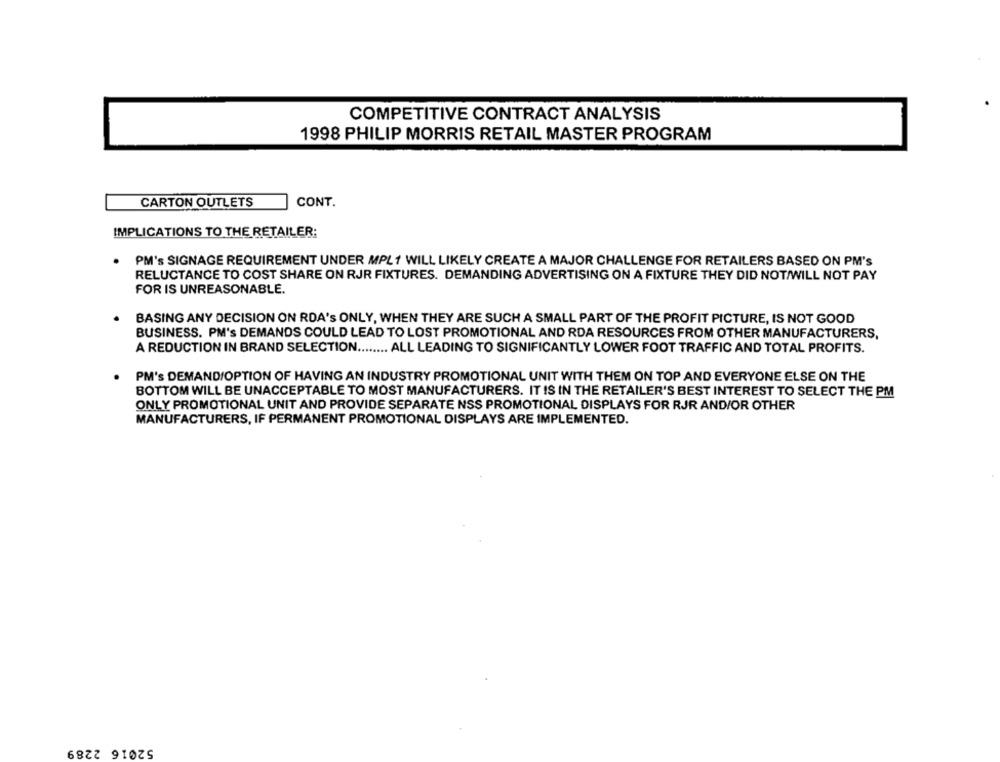
COMPETITIVE CONTRACT ANALYSIS
1998 PHILIP MORRIS RETAIL MASTER PROGRAM
CARTON OUTLETS
CONT.
IMPLICATIONS TO THE RETAILER:
PM's SIGNAGE REQUIREMENT UNDER MPL1 WILL LIKELY CREATE A MAJOR CHALLENGE FOR RETAILERS BASED ON PM's
RELUCTANCE TO COST SHARE ON RJR FIXTURES. DEMANDING ADVERTISING ON A FIXTURE THEY DID NOT/WILL NOT PAY
FOR IS UNREASONABLE.
BASING ANY DECISION ON RDA'S ONLY, WHEN THEY ARE SUCH A SMALL PART OF THE PROFIT PICTURE, IS NOT GOOD
BUSINESS. PM's DEMANDS COULD LEAD TO LOST PROMOTIONAL AND RDA RESOURCES FROM OTHER MANUFACTURERS,
A REDUCTION IN BRAND SELECTION ........ ALL LEADING TO SIGNIFICANTLY LOWER FOOT TRAFFIC AND TOTAL PROFITS.
PM's DEMAND/OPTION OF HAVING AN INDUSTRY PROMOTIONAL UNIT WITH THEM ON TOP AND EVERYONE ELSE ON THE
BOTTOM WILL BE UNACCEPTABLE TO MOST MANUFACTURERS. IT IS IN THE RETAILER'S BEST INTEREST TO SELECT THE PM
ONLY PROMOTIONAL UNIT AND PROVIDE SEPARATE NSS PROMOTIONAL DISPLAYS FOR RJR AND/OR OTHER
MANUFACTURERS, IF PERMANENT PROMOTIONAL DISPLAYS ARE IMPLEMENTED.
52016 2289